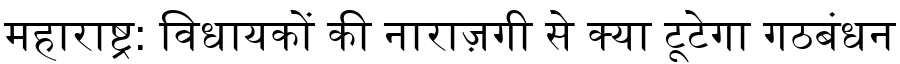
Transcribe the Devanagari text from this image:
महाराष्ट्र: विधायकों की नाराज़गी से क्या टूटेगा गठबंधन